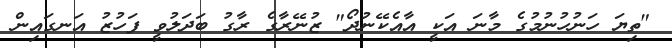
"ތިޔަ ހަނުހުނުމުގެ މާނަ އަކީ އާއެކޭނުދޯ" ޒުނޭރާގެ ރާގު ބަދަލުވީ ފަހުޒު އަނގައިން